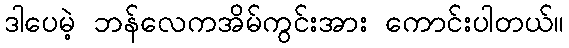
ဒါပေမဲ့ ဘန်လေကအိမ်ကွင်းအား ကောင်းပါတယ်။